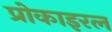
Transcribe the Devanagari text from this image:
प्रोकाइरल